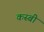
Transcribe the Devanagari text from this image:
कस्बी